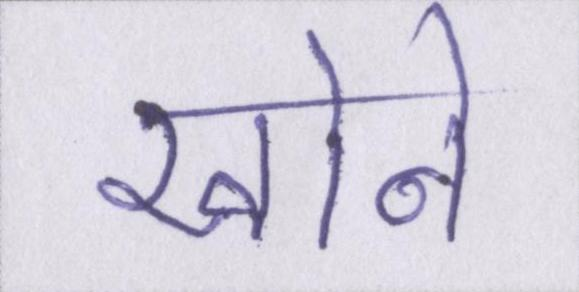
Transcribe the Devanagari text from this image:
खोने